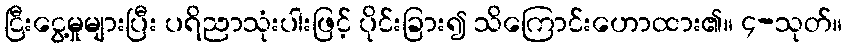
ငြီးငွေ့မှုများပြီး ပရိညာသုံးပါးဖြင့် ပိုင်းခြား၍ သိကြောင်းဟောထား၏။ ၄-သုတ်။